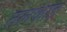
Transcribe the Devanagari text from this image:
तलकाड